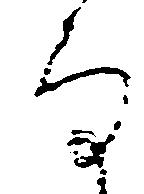
な